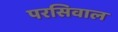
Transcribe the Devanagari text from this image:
परसिवाल